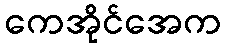
ကေအိုင်အေက